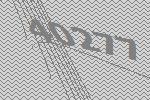
40277